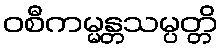
ဝစီကမ္မန္တသမ္ပတ္တိ